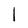
Character: l